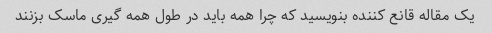
یک مقاله قانع کننده بنویسید که چرا همه باید در طول همه گیری ماسک بزنند